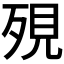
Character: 𪵄